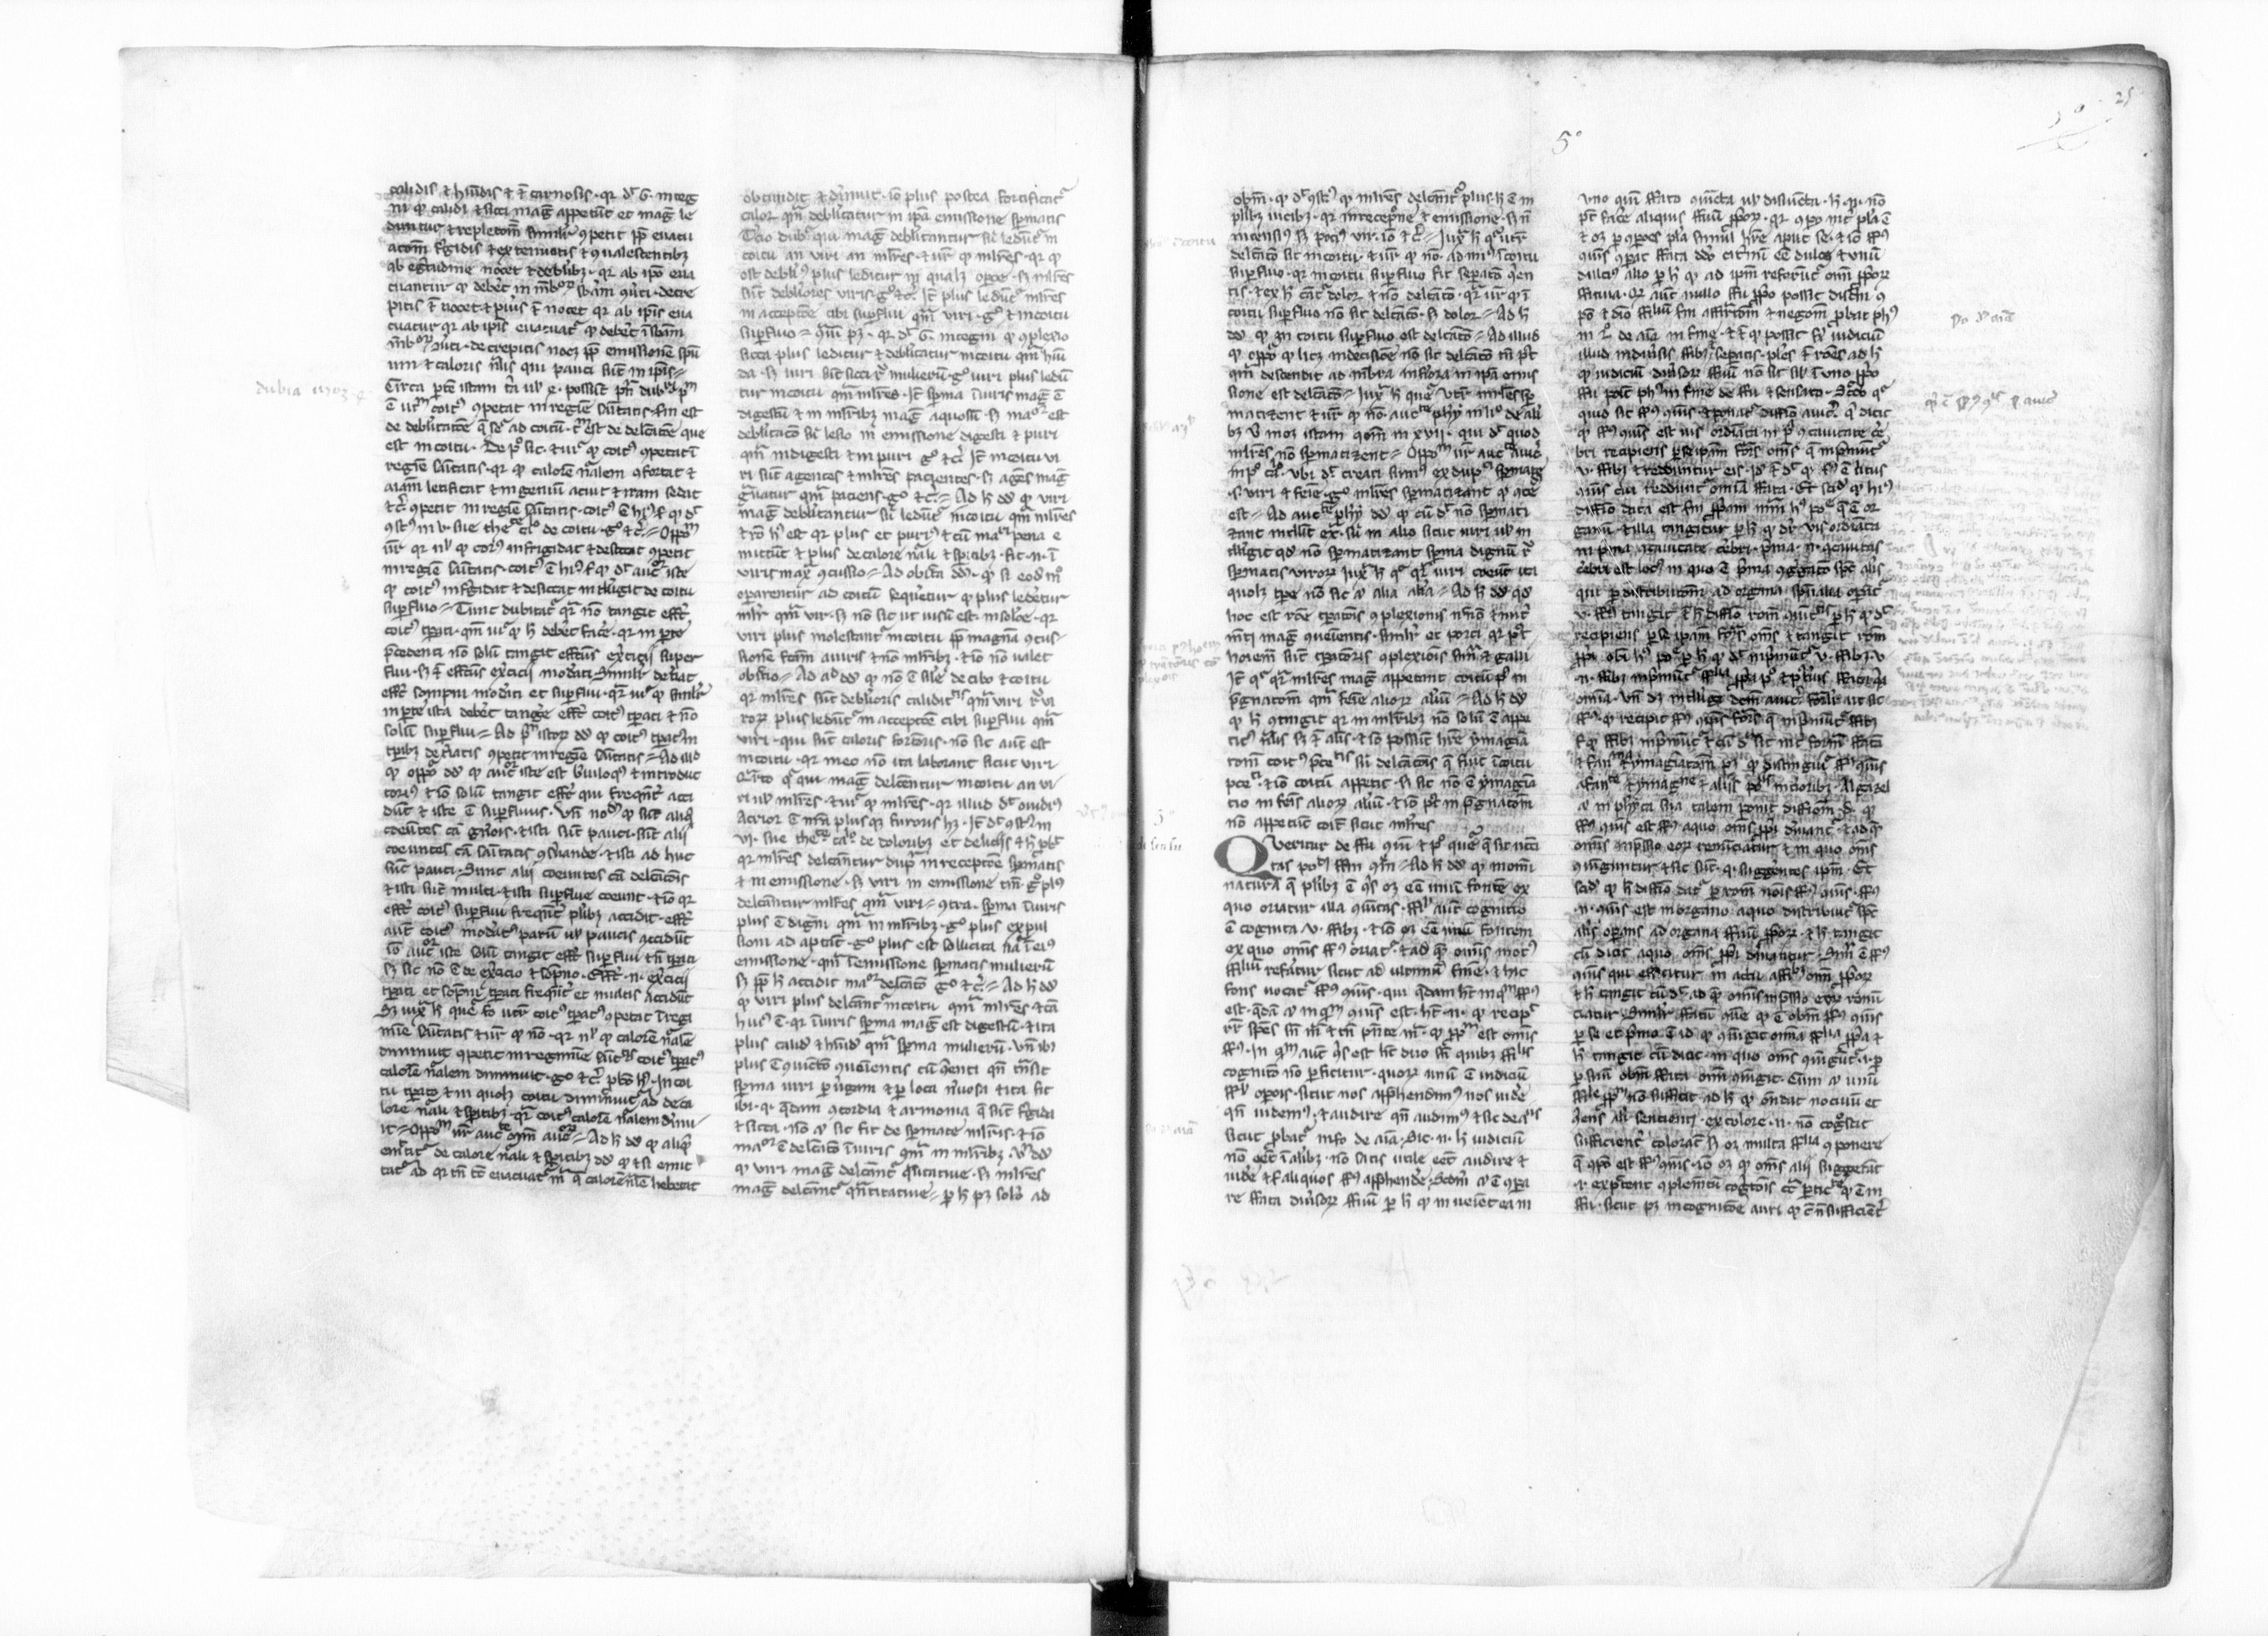
Shelfmark: Paris, BnF, lat. 16195
Century: 13